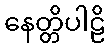
နေတ္တိပါဠိ